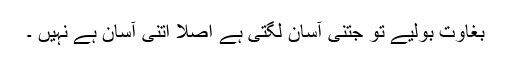
بغاوت بولیے تو جتنی آسان لگتی ہے اصلاً اتنی آسان ہے نہیں ۔